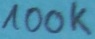
Text: 100K